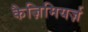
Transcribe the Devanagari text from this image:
कैज़िमियर्ज़